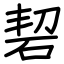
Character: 䂮